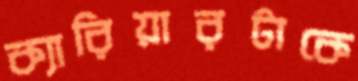
ক্যারিয়ারটাকে